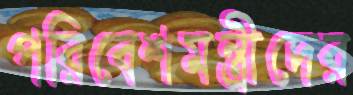
পরিবেশমন্ত্রীদের